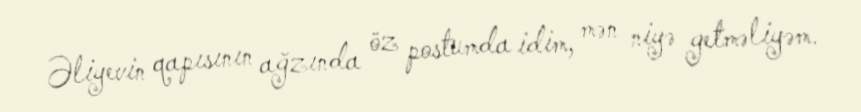
Əliyevin qapısının ağzında öz postumda idim, mən niyə getməliyəm.